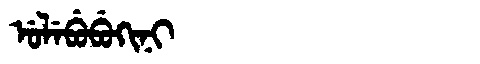
Manchu: ᡠᠯᡝᠪᡠᠪᡠᡴᡳᠨᡳ
Romanization: ULEBUBUKINI